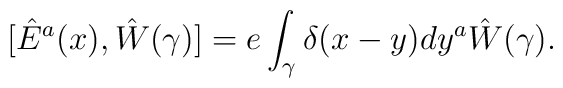
[\hat{E}^a(x), \hat{W} (\gamma)] = e \int_\gamma \delta(x - y) dy^a \hat{W}(\gamma) .